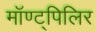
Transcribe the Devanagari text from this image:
मॉण्ट्पिलिर